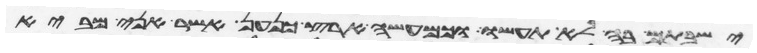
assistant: ישבתם בה לא תעשו וכמעשה ארץ כנען אשר אני מביא